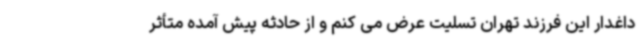
داغدار این فرزند تهران تسلیت عرض می کنم و از حادثه پیش آمده متأثر